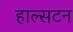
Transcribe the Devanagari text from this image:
हाल्सटन